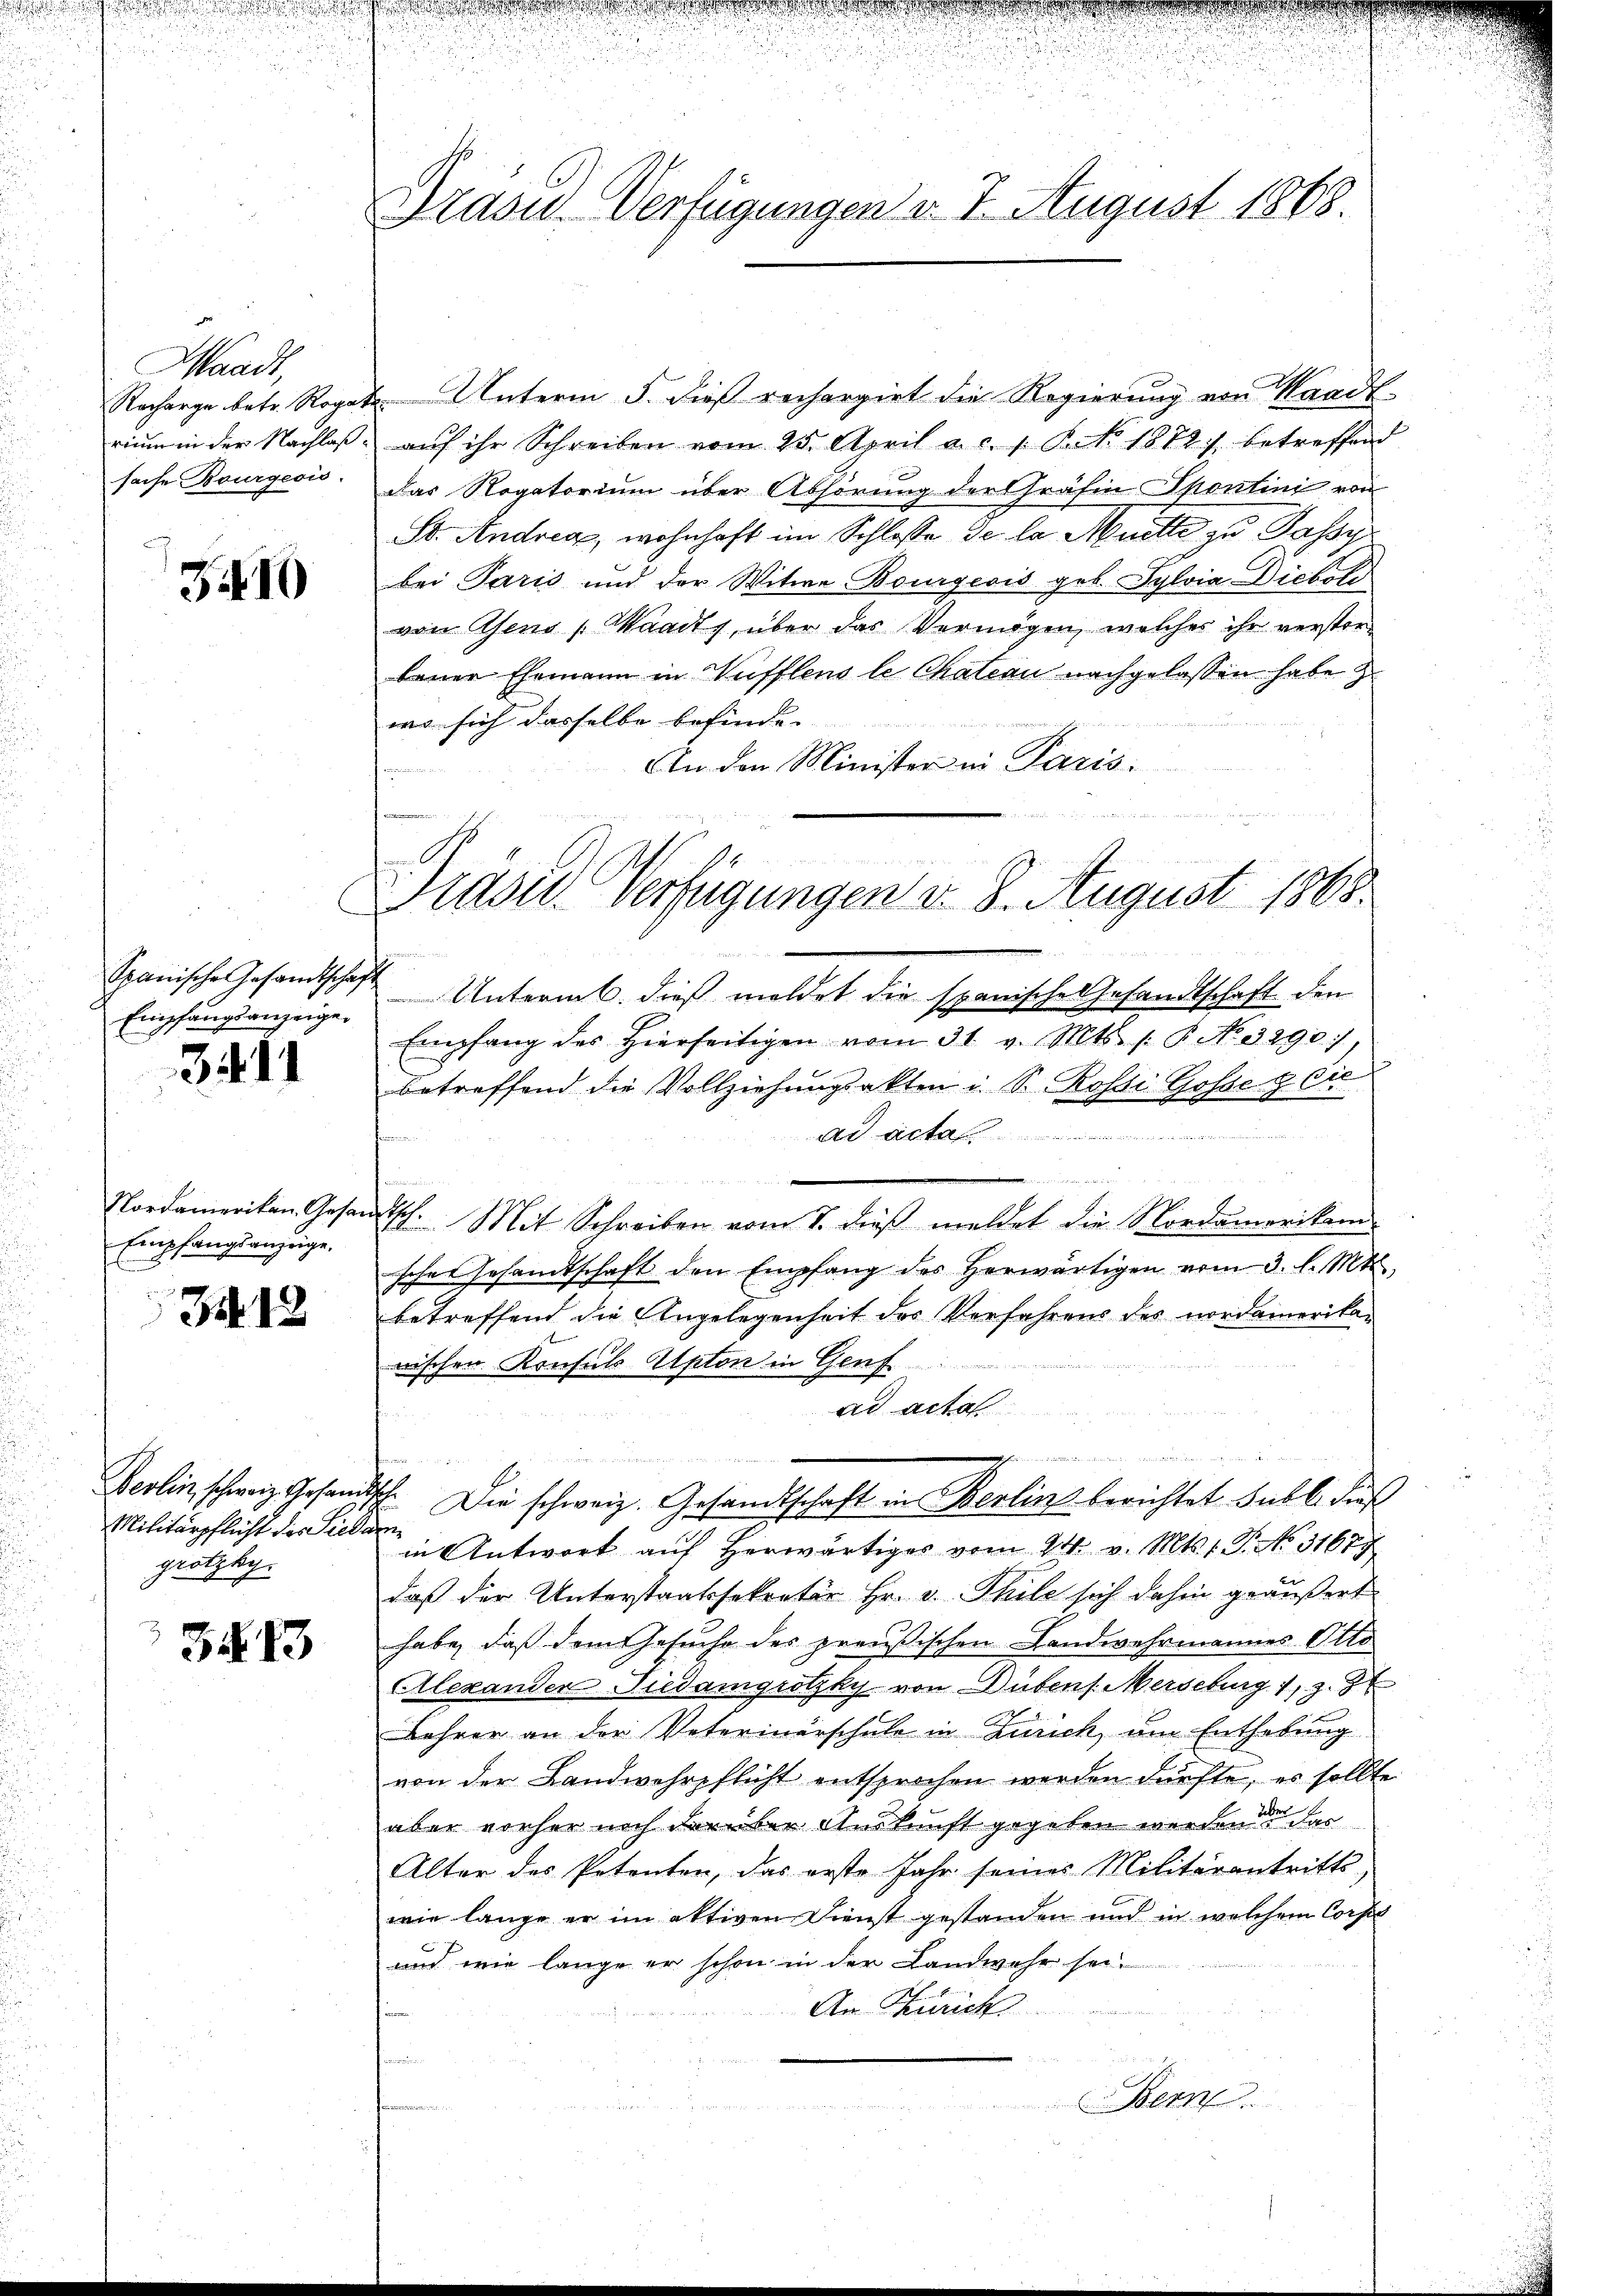
Waadt,
Recharge betr. Rog
rium in der Nachlaß
sache Bourgeois.

3.10

Spanische Gesandtschaf
Empfangsanzeige.

3411

Nordamerikan Gesan
Empfangsanzeige.

312

Berlin, schweiz. Gesandt
Militärpflicht der Siedgrotzky.

34. 13

Präsid. Verfügungen v. 7. August 1868.

i e der nach den

Präsid. Verfügungen v. 8. August 1865.

Unterm 5. dieß rechargirt die Regierung von Staadt
aŭf ihr Schreiben vom 25. April a. c. v. P. No. 1872) betreffend
Das Rogatorium über Abhörung der Gräfin Sportini von
St. Andren, wohnhaft im Schlosse de la Muette zu Passir
bei Paris und der Witwe Bourgeois geb. Sylvia Dichofs
von Asens Waadt, über das Vermögen, welches ihr versterbener Ehemann in Nufflens le Chateau nachgelassen habe
wo sich dasselbe befinde.
An den Minister in Paris.
Unterm 6. dieß meldet die spanische Gesandtschaft den
Empfang der hierseitigen vom 31. v. Mts. s. B. No. 3290)
betreffend die Vollziehungsakten u. S. Rossi Gosse & Cie
 A
t
1 Mit Schreiben vom 7. dieβ meldet die Nordamerikam
sche Gesamtschaft den Empfang des herwärtigen vom 3. l. Mts.,
betreffend die Angelegenheit des Verfahrens des nordamerikawischen Konsuls Apton in Genf.
ad acta
.
E. Die schweiz. Gesandtschaft in Berlin berichtet Subl. dies
e
in Antwort auf herwärtiges vom 24. v. Mts. 1. P. No. 31677
daß der Unterstaatssekretär Hr. v. Thile sich dahin geäußert
habe, daß dem Gesuche des preußischen Landwehrmannes Otto
Alexander Tiedamgrotzky von Dübens. Merseburg 1, 38
Lehrer an der Vaterinärschule in Zürich, am Enthebung
von der Landwehrpflicht entsprochen werden dürfte, es sollte
aber vorher noch darüber Auskunft gegeben worden, das
Alter des Petenten, das erste Jahr seines Militärantritts-
wie lange er im aktiven Dienst gestanden und in welchem Corpul
und wie lange er schon in der Landwehr sei.
An Zürich
e
Bern.
S 21 der